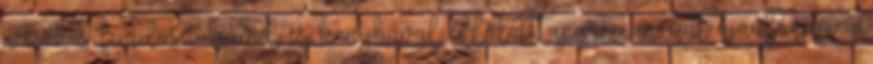
a közös fürdőszobával és konyhával ellátott apartmanokat ajánlanám a